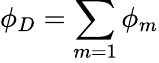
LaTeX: \phi_{D}=\sum_{m=1}\phi_{m}